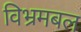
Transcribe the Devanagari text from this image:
विभ्रमबल